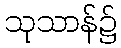
သုသာန်၌